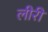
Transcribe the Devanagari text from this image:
लीरी